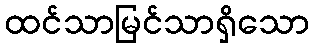
ထင်သာမြင်သာရှိသော